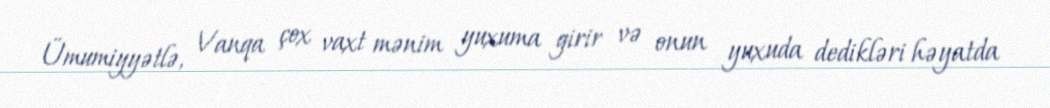
Ümumiyyətlə, Vanqa çox vaxt mənim yuxuma girir və onun yuxuda dedikləri həyatda